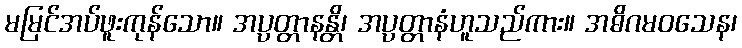
မမြင်အပ်ဖူးကုန်သော။ အပ္ပတ္တာနန္တိ၊ အပ္ပတ္တာနံဟူသည်ကား။ အဓိဂမဝသေန၊